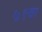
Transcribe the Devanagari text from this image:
७९वा